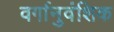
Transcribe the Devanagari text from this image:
वर्गानुवंशिक